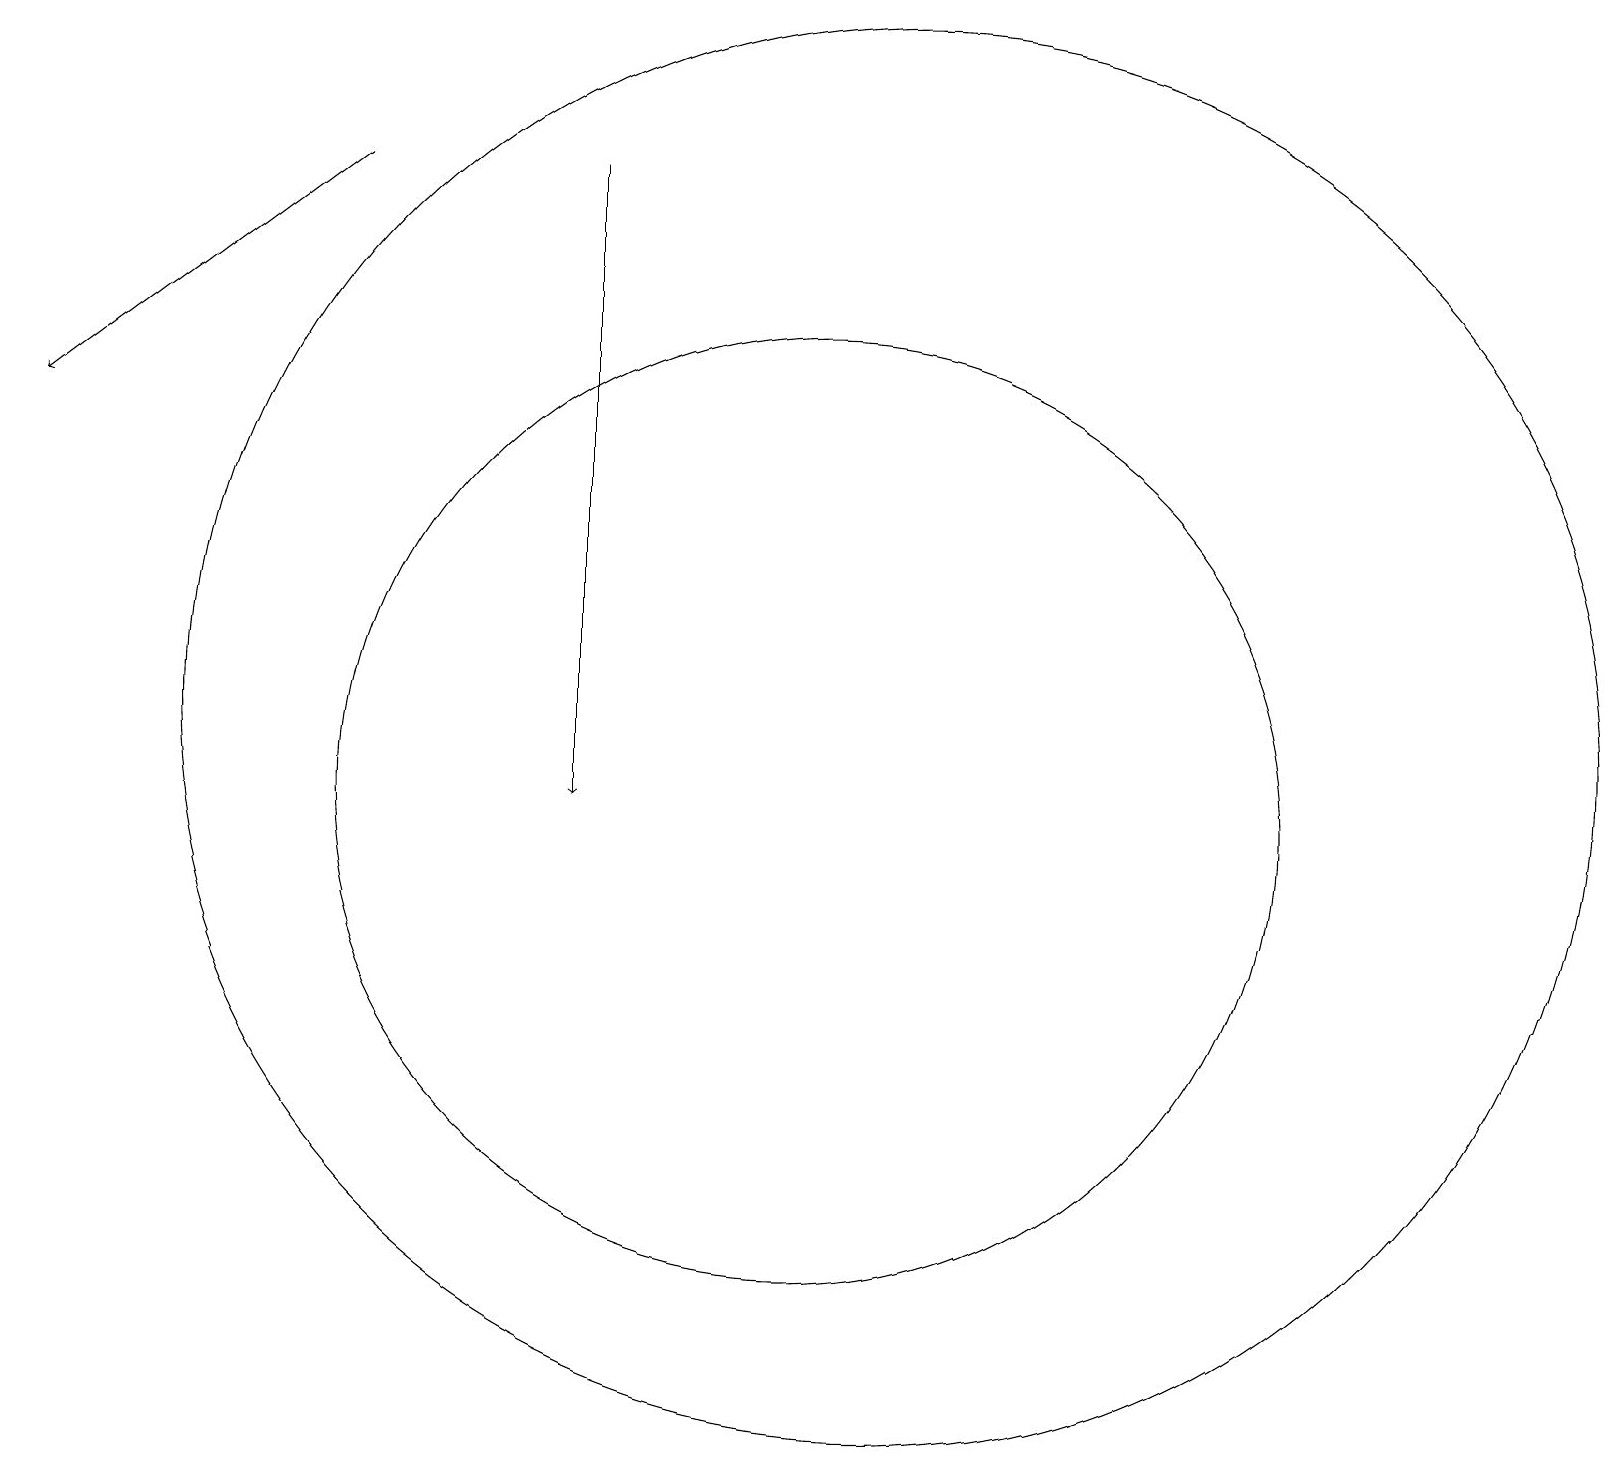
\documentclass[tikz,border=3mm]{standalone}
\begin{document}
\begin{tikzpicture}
\draw (11,11) circle (6);
\draw[->] (5,19) -- (1,16);
\draw[->] (8,16) -- (8,11);
\draw (12,12) circle (9);
\draw (8,12) rectangle (8,19);
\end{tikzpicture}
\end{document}